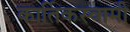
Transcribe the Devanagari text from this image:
कार्तिकस्‍वामी